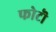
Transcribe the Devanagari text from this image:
फोटॊ